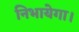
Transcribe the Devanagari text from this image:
निभायेगा।